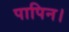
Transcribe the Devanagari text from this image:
पापिन।